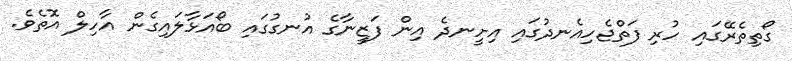
ގޯތިތެރޭގައި ހުރި ފަތްޖެހިއެނދުގައި އިށީނދެ އިން ފަޒީނާގެ އުނގުގައި ބޯއަޅާލައިގެން އާހިލް އޮތެވެ.